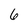
Character: 6